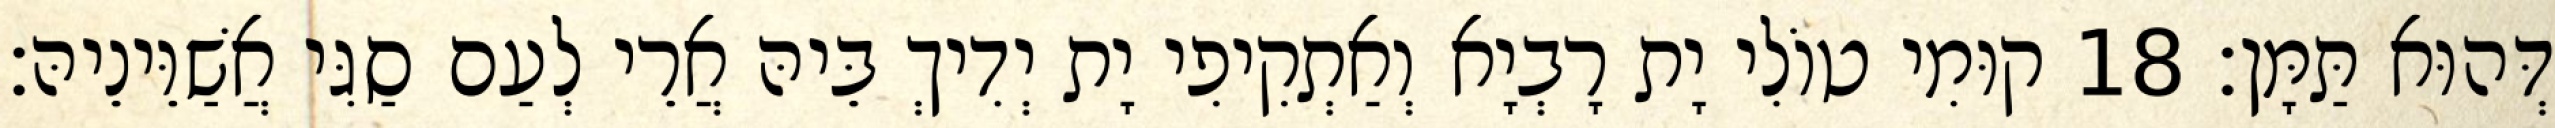
דְּהוּא תַּמָּן׃ 18 קוּמִי טוֹלִי יָת רָבְיָא וְאַתְקִיפִי יָת יְדִיךְ בֵּיהּ אֲרֵי לְעַם סַגִּי אֲשַׁוֵּינֵיהּ׃